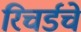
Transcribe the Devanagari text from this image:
रिचर्डचे